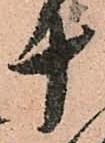
十